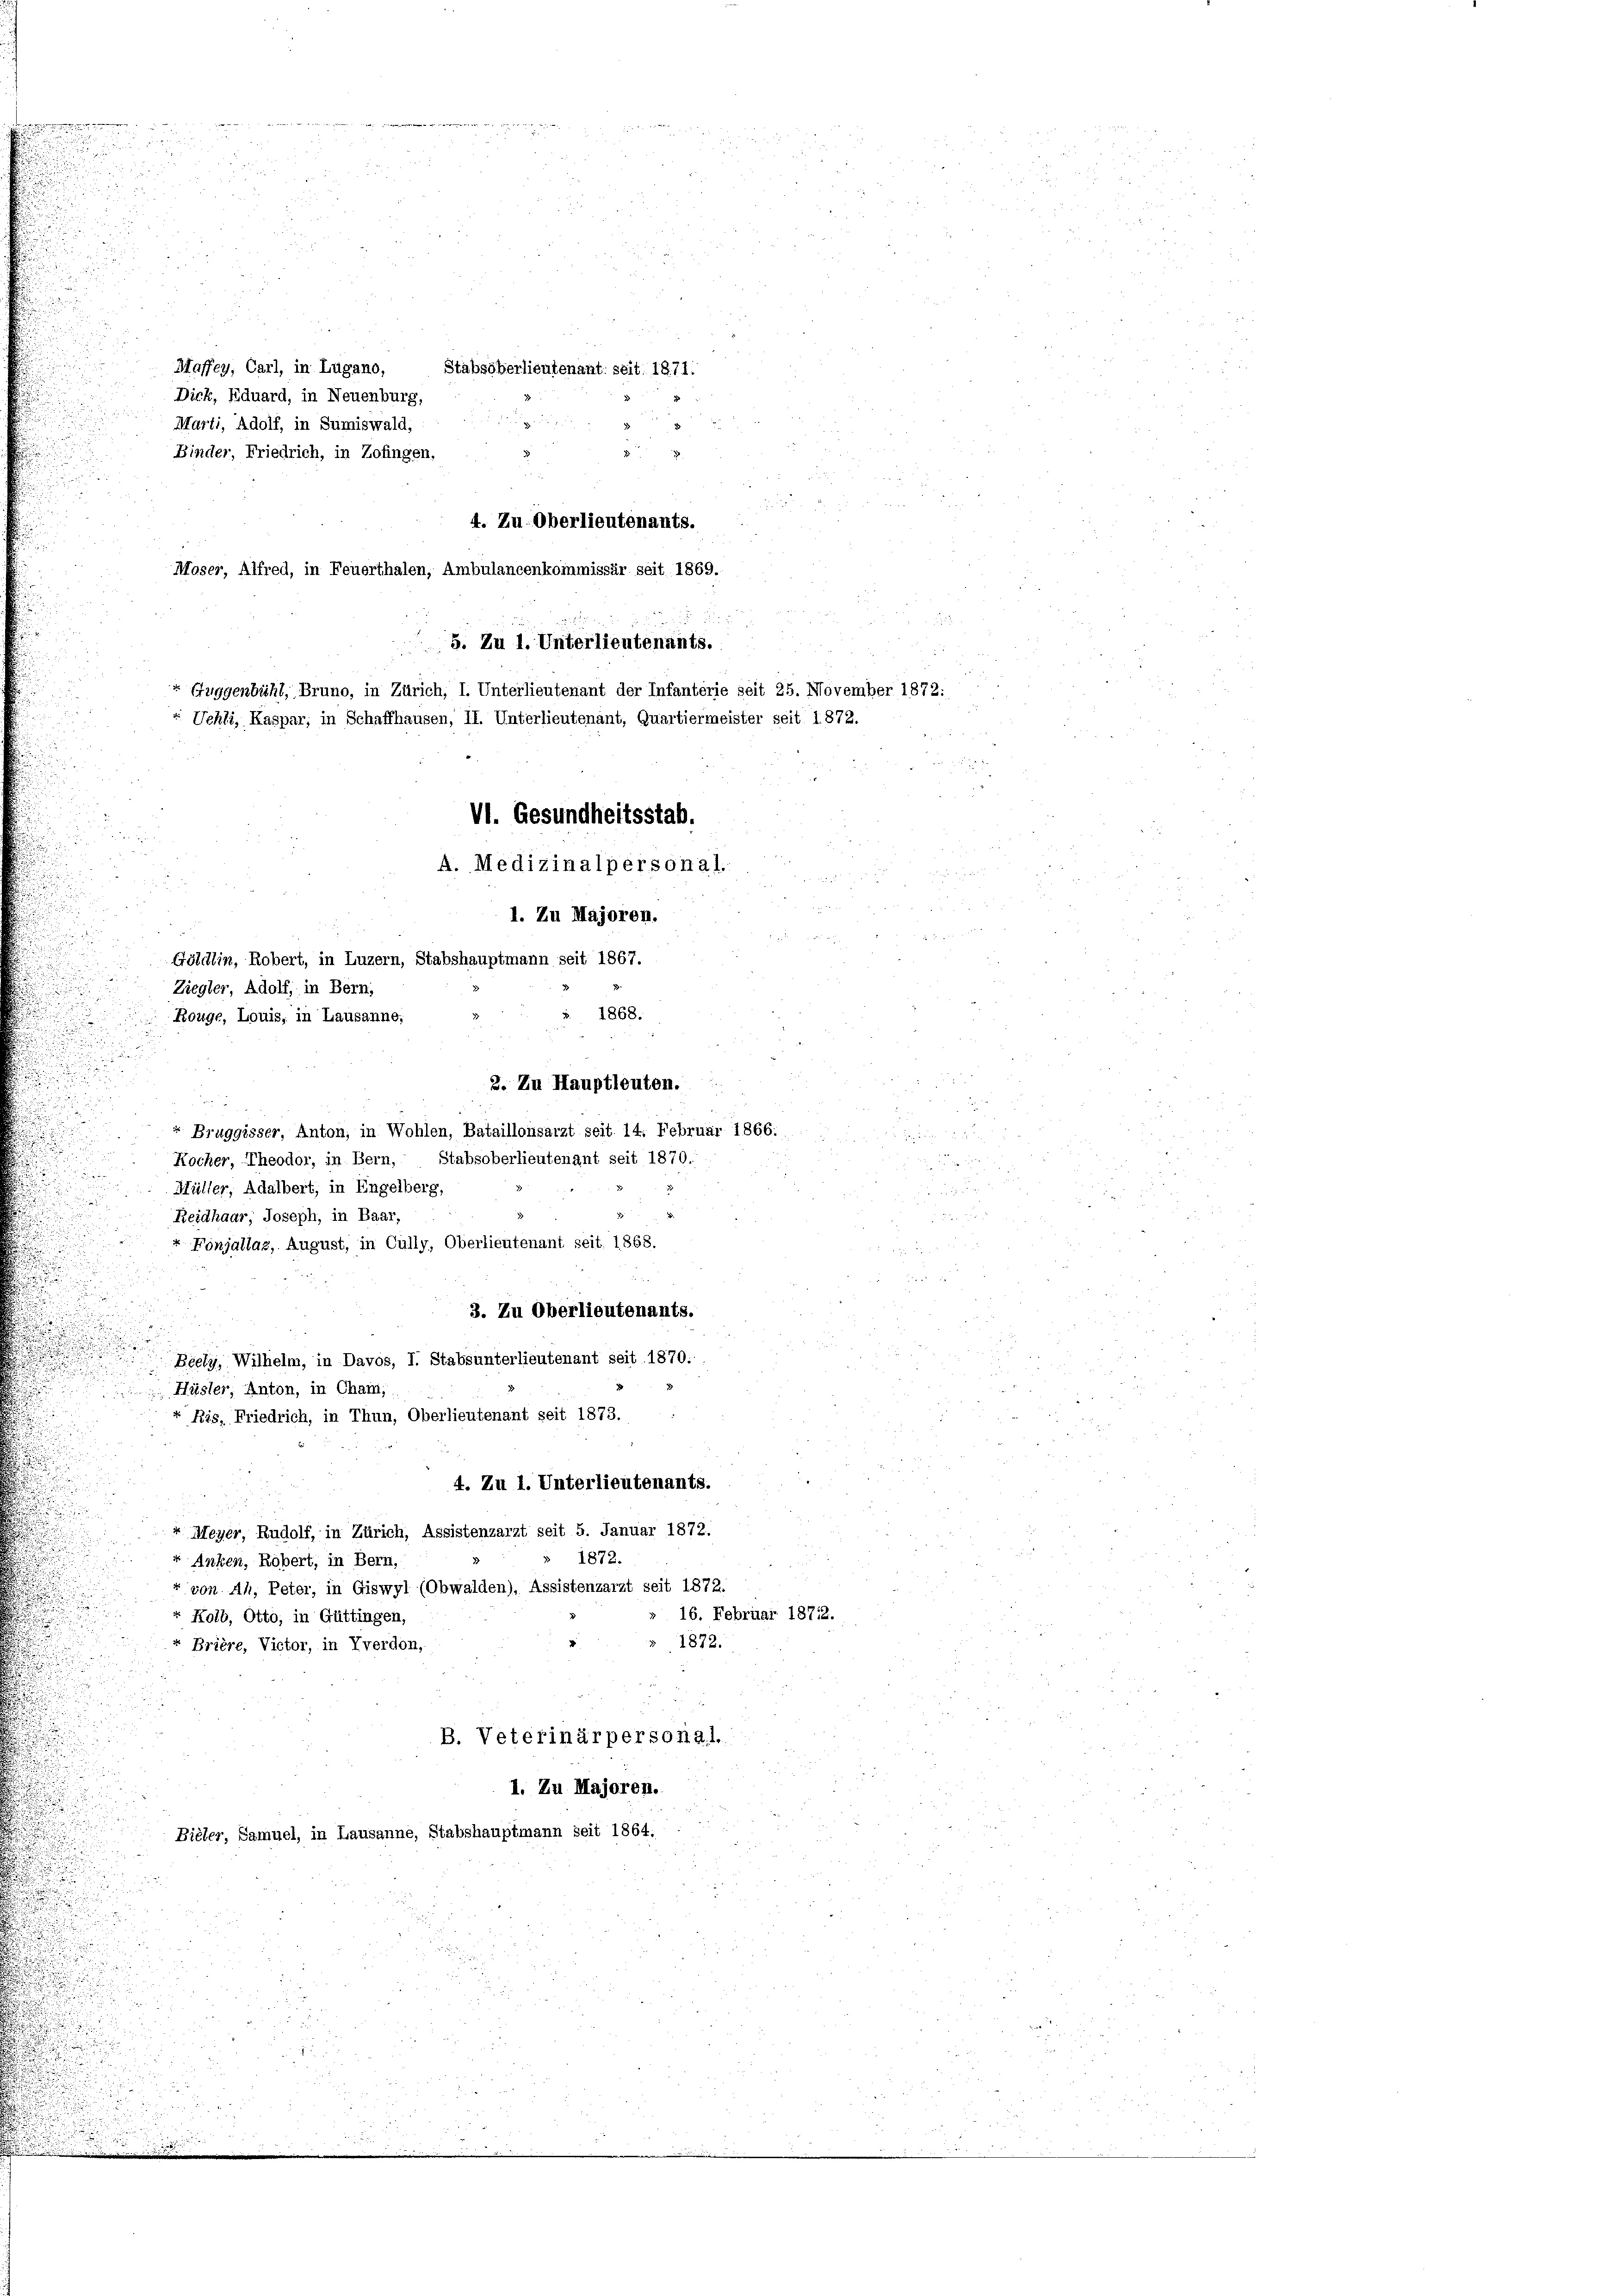
Dick, Eduard, in Neuenburg,
Marti, Adolf, in Sumiswald,
Binder, Friedrich, in Zofingen,

.

e

4. Zu Oberlieutenants.
d
5. Zu 1. Unterlieutenants.
 Guggenbühl, Bruno, in Zürich, I. Unterlieutenant der Infanterie seit 25. November 1872:
Uehli, Kaspar, in Schaffhausen, II. Unterlieutenant, Quartiermeister seit 1872.

Moser, Alfred, in Feuerthalen, Ambulancenkommissär seit 1869.

Ziegler, Adolf, in Bern,
Rouge, Louis, in Lausanne,
2. Zu Hauptleuten.

.
r
e
Maffey, Carl, in Lugano, Stabsöberlieutenant seit 1871.

VI. Gesundheitsstab.
A. Medizinalpersonal.
1. Zu Majoren.
Göldlin, Robert, in Luzern, Stabshauptmann seit 1867.

Hüsler, Anton, in Cham,

1868.
r Bruggisser, Anton, in Wohlen, Bataillonsarzt seit 14. Februar 1866:
Kocher, Theodor, in Bern, Stabsoberlieutenant seit 1870.
Müller, Adalbert, in Engelberg,
1
Reidhaar, Joseph, in Baar,
Fonjallaz, August, in Cully, Oberlieutenant seit 1868.
3. Zu Oberlieutenants.
Beely. Wilhelm, in Davos, I. Stabsunterlieutenant seit 1870:
Ris, Friedrich, in Thun, Oberlieutenant seit 1873.
u
4. Zu 1. Unterlieutenants.
+ Meyer, Rudolf, in Zürich, Assistenzarzt seit 5. Januar 1872.
1872.
Anken, Robert, in Bern,
r von Ah, Peter, in Giswyl (Obwalden), Assistenzarzt seit 1872.
16. Februar 18712.
Kolb, Otto, in Güttingen,
1872.
Brière, Victor, in Yverdon,
B. Veterinärpersonal.
1. Zu Majoren.
Bieler, Samuel, in Lausanne, Stabshauptmann seit 1864.

i